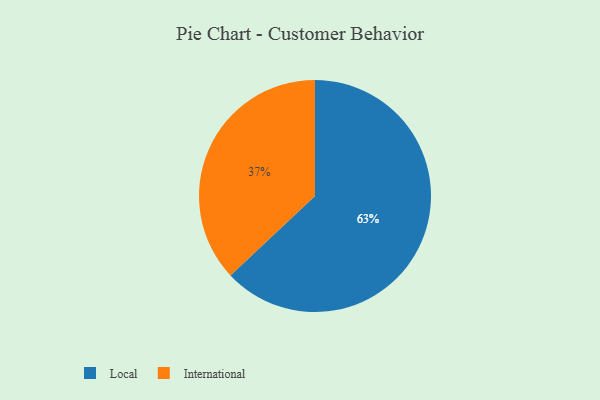
{"axis": {"x": "Category", "y": "Percentage"}, "legend": ["International", "Local"], "data": [{"x": "Local", "y": 63, "type": "Local"}, {"x": "International", "y": 37, "type": "International"}]}